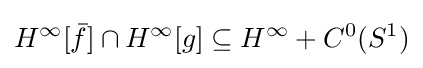
H^{\infty }[{\bar {f}}]\cap H^{\infty }[g]\subseteq H^{\infty }+C^{0}(S^{1})